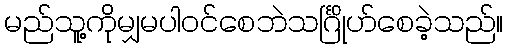
မည်သူ့ကိုမျှမပါဝင်စေဘဲသင်္ဂြိုဟ်စေခဲ့သည်။